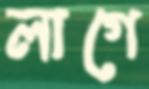
লাগে